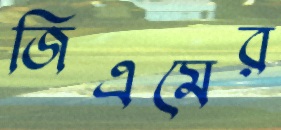
জিএমের